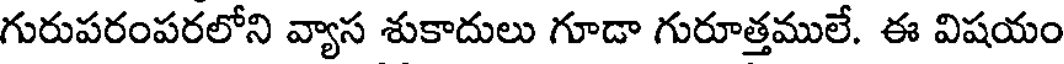
గురుపరంపరలోని వ్యాస శుకాదులు గూడా గురూత్తములే. ఈ విషయం